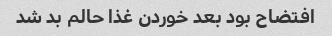
افتضاح بود بعد خوردن غذا حالم بد شد